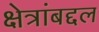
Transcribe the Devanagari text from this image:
क्षेत्रांबद्दल